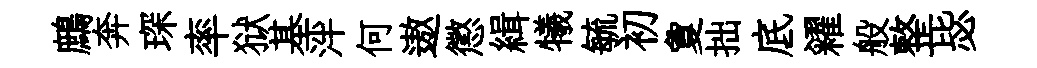
鷓奔琛率狱基泮何遨懲緝犧毓初夐拙底糴般整毖